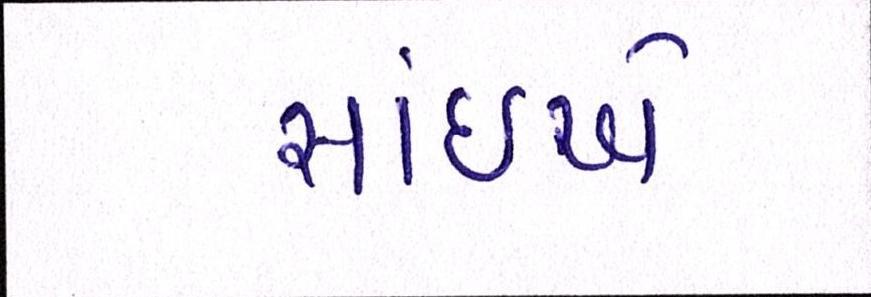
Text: સાંઈએ